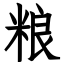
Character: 粮